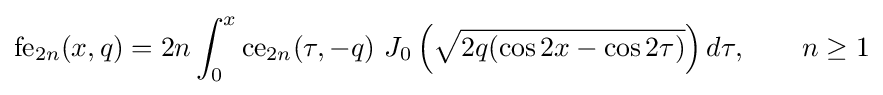
{\text{fe}}_{2n}(x,q)=2n\int _{0}^{x}{\text{ce}}_{2n}(\tau ,-q)\ J_{0}\left({\sqrt {2q(\cos 2x-\cos 2\tau )}}\right)d\tau ,\qquad n\geq 1